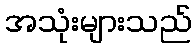
အသုံးများသည်